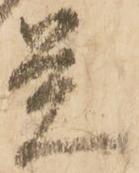
覚